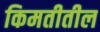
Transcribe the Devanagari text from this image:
किमतीतील